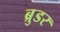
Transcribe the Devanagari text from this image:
ब्रुडर